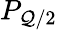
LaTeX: P_{\mathcal{Q}/2}